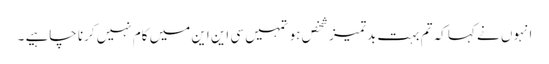
انہوں نے کہا کہ تم بہت بدتمیز شخص ہو تمہیں سی این این میں کام نہیں کرنا چاہیے ۔